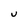
Character: u